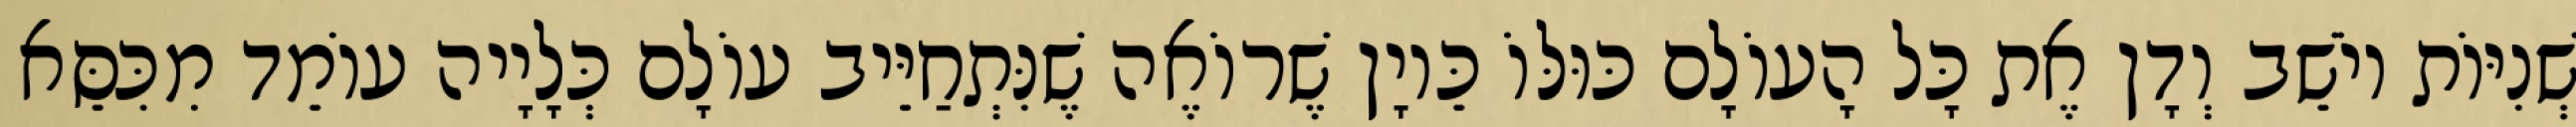
שְׁנִיּוֹת יוֹשֵׁב וְדָן אֶת כָּל הָעוֹלָם כּוּלּוֹ כֵּיוָן שֶׁרוֹאֶה שֶׁנִּתְחַיֵּיב עוֹלָם כְּלָיָיה עוֹמֵד מִכִּסֵּא